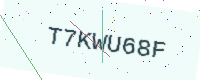
Text: T7KWU68F